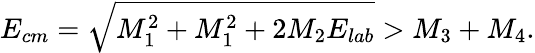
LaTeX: E_{cm}=\sqrt{M_{1}^{2}+M_{1}^{2}+2M_{2}E_{lab}}>M_{3}+M_{4}.